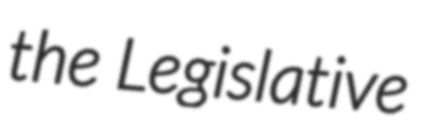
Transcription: the Legislative